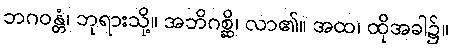
ဘဂဝန္တံ၊ ဘုရားသို့။ အဘိဂစ္ဆိ၊ လာ၏။ အထ၊ ထိုအခါ၌။